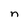
Character: n